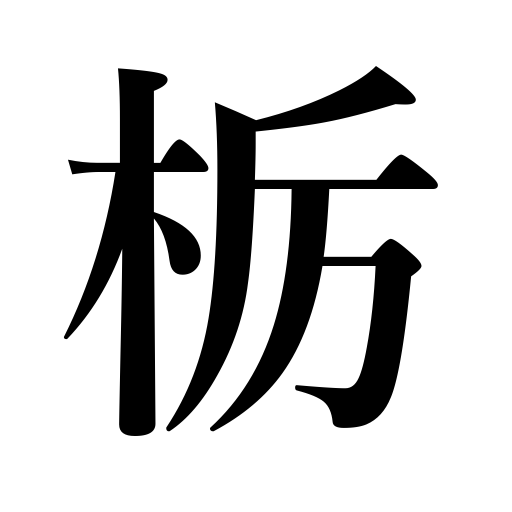
Meanings: horse chestnut